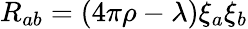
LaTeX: R_{ab}=(4\pi\rho-\lambda)\xi_{a}\xi_{b}